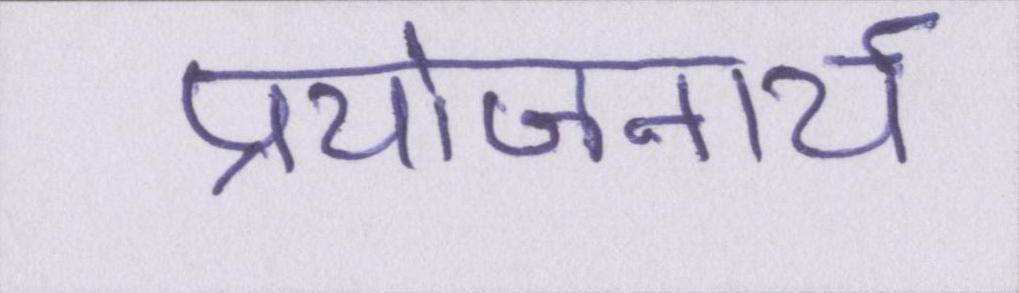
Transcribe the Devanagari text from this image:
प्रयोजनार्थ